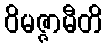
ဝိမဇ္ဇာမီတိ